Report on vaccination in Madras 1877-1894 - 1877-1894
Year: 1877
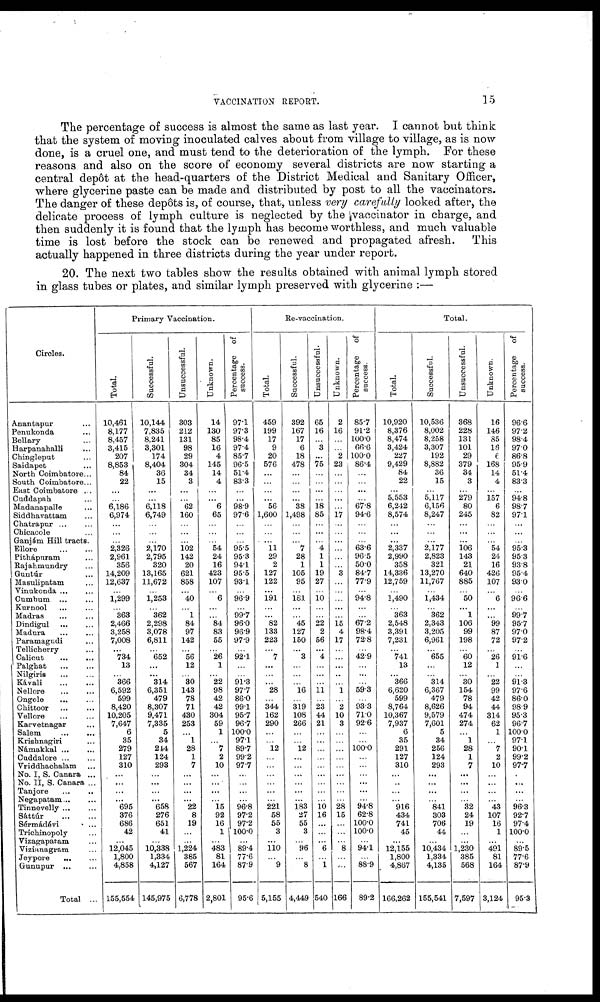
VACCINATION REPORT.
15
The percentage of success is almost the same as last year. I cannot but think
that the system of moving inoculated calves about from village to village, as is now-
done, is a cruel one, and must tend to the deterioration of the lymph. For these
reasons and also on the score of economy several districts are now starting a
central depôt at the head-quarters of the District Medical and Sanitary Officer,
where glycerine paste can be made and distributed by post to all the vaccinators.
The danger of these depôts is, of course, that, unless very carefully looked after, the
delicate process of lymph culture is neglected by the vaccinator in charge, and
then suddenly it is found that the lymph has become worthless, and much valuable
time is lost before the stock can be renewed and propagated afresh.
This
actually happened in three districts during the year under report.
20. The next two tables show the results obtained with animal lymph stored
in glass tubes or plates, and similar lymph preserved with glycerine :—
Circles.
Anantapur ...
Penukonda ...
Bellary ...
Harpanahalli ...
Chingleput ...
Saidapet ...
North Coimbatore...
South Coimbatore...
East Coimbatore ...
Cuddapah ...
Madanapalle ...
Siddhavattam ...
Chatrapur ... ...
Chicacole ...
Ganjám Hill tracts.
Ellore
...
...
Pithápuram ...
Rajahmundry ...
Guntúr ...
Masulipatam ...
Vinukonda ... ...
Cumbum
...
...
Kurnool
... ...
Madras
... ...
Dindigul
...
...
Madura
...
...
Paramagudi ...
Tellicherry...
Calicut ... ...
Palghat
...
...
Nilgiris
...
...
Kávali
...
...
Nellore
...
...
Ongole ... ...
Chittoor ... ...
Vellore ... ...
Karvetnagar ...
Salem
...
...
Krishnagiri ...
Námakkal ... ...
Cuddalore ... ...
Vriddhachalam ...
No. I, S. Canara ...
No. II, S. Canara ...
Tanjore
...
...
Negapatam... ...
Tinnevelly ... ...
Sáttúr
...
...
Sérmádevi
...
Trichinopoly ...
Vizagapatam ...
Vizianagram ...
Jeypore
...
...
Gunupur
...
...
Total ...
Primary Vaccination.
Total.
10,461
8,177
8,457
3,415
207
8,853
84
22
...
...
6,186
6,974
...
...
...
2,326
2,961
356
14,209
12,637
...
1,299
...
363
2,466
3,258
7,008
... 734
13
...
366
6,592
599
8,420
10,205
7,647
6
35
279
127
310
...
...
...
...
695
376
686
42
...
12,045
1,800
4,858
155,554
Successful.
10,144
7,835
8,241
3,301
174
8,404
36
15
...
...
6,118
6,749
...
...
...
2,170
2,795
320
13,165
11,672
...
1,253
...
362
2,298
3,078
6,811
...
652
...
...
314
6,351
479
8,307
9,471
7,335
5
34
244
124
293
...
...
...
...
658
276
651
41
...
10,338
1,334
4,127
145,975
Unsuccessful.
303
212
131
98
29
304
34
3
...
...
62
160
...
...
...
102
142
20
621
858
...
40
...
1
84
97
142
... 56
12
...
30
143
78
71
430
253
...
1
28
1
7
...
...
...
...
22
8
19
...
...
1,224
385
567
6,778
Unknown.
14
130
85
16
4
145
14
4
...
...
6
65
...
...
...
54
24
16
423
107
...
6
...
...
84
83
55
...
26
1
...
22
98
42
42
304
59
1
...
7 2
10
...
...
...
...
15
92
16
1
...
483
81
164
2,801
Percentage of
success.
97.1
97.3
98.4
97.4
85.7
96.5
51.4
83.3
...
...
98.9
97.6
...
...
...
95.5
95.3
94.1
95.5
93.1
...
96.9
...
99.7
96.0
96.9
97.9
...
92.1
...
...
91.3
97.7
86.0
99.1
95.7
96.7
100.0
97.1
89.7
99.2
97.7
...
...
...
...
96.8
97.2
97.2
100.0
...
89.4
77.6
87.9
95.6
Re-vaccination.
Total.
459
199
17
9
20
576
...
...
...
...
56
1,600
...
...
...
11
29
2
127
122
...
191
...
...
82
133
223
... 7
...
...
... 28
...
344
162
290
...
...
12
...
...
...
...
...
...
221
58
55
3
...
110
...
9
5,155
Successful.
392
167
17
6
18
478
...
...
...
...
38
1,498
...
...
...
7
28
1
105
95
...
181
...
...
45
127
150
... 3
...
...
... 16
...
319
108
266
...
...
12
...
...
...
...
...
...
183
27
55
3
...
96
...
8
4,449
Unsuccessful.
65
16
...
3
...
75
...
...
...
...
18
85
...
...
...
4 1
1
19
27
...
10
...
...
22
2
56
... 4
...
...
...
11
...
23
44
21
...
...
...
...
...
...
...
...
...
10
16
...
...
...
6
...
1
540
Unknown.
2
16
...
...
2
23
...
...
...
...
...
17
...
...
...
...
...
...
3
...
...
...
...
...
15
4
17
...
...
...
...
...
1
...
2
10
3
...
...
...
...
...
...
...
...
...
28
15
...
...
...
8
...
...
166
Percentage of
success.
85.7
91.2
100.0
66.6
100.0
86.4
...
...
...
...
67.8
94.6
...
...
...
63.6
96.5
50.0
84.7
77.9
...
94.8
...
...
67.2
98.4
72.8
...
42.9
...
...
...
59.3
...
93.3
71.0
92.6
...
...
100.0
...
...
...
...
...
...
94.8
62.8
100.0
100.0
...
94.1
...
88.9
89.2
Total.
Total.
10,920
8,376
8,474
3,424
227
9,429
84
22
...
5,553
6,242
8,574
...
...
...
2,337
2,990
358
14,336
12,759
...
1,490
...
363
2,548
3,391
7,231
...
741
13
...
366
6,620
599
8,764
10,367
7,937
6
35
291
127
310
...
...
...
...
916
434
741
45
...
12,155
1,800
4,867
166,262
Successful.
10,536
8,002
8,258
3,307
192
8,882
36
15
...
5,117
6,156
8,247
...
...
...
2,177
2,823
321
13,270
11,767
...
1,434
...
362
2,343
3,205
6,961
... 655
...
...
314
6,367
479
8,626
9,579
7,601
5
34
256
124
293
...
...
...
...
841
303
706
44
...
10,434
1,334
4,135
155,541
Unsuccessful.
368
228
131
101
29
379
34
3
...
279
80
245
...
...
...
106
143
21
640
885
...
50
...
1
106
99
198
...
60
12
...
30
154
78
94
474
274
...
1
28
1
7
...
...
...
...
32
24
19
...
...
1,230
385
568
7,597
Unknown.
16
146
85
16
6
168
14
4
...
157
6
82
...
...
...
54
24
16
426
107
...
6
...
...
99
87
72
... 26
1
...
22
99
42
44
314
62
1
...
7
2
10
...
...
...
...
43
107
16
1
...
491
81
164
3,124
Percentage of
success.
96.6
97.2
98.4
97.0
86.8
95.9
51.4
83.3
...
94.8
98.7
97.1
...
...
...
95.3
95.3
93.8
95.4
93.0
...
96.6
...
99.7
95.7
97.0
97.2
...
91.6
...
...
91.3
97.6
86.0
98.9
95.3
96.7
100.0
97.1
90.1
99.2
97.7
...
...
...
...
96.3
92.7
97.4
100.0
...
89.5
77.6
87.9
95.3